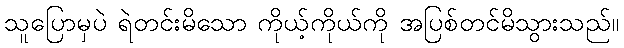
သူပြောမှပဲ ရဲတင်းမိသော ကိုယ့်ကိုယ်ကို အပြစ်တင်မိသွားသည်။